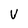
Character: V